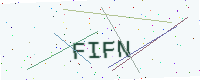
Text: FIFN